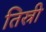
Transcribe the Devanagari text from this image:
तिस्री